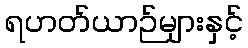
ရဟတ်ယာဉ်များနှင့်